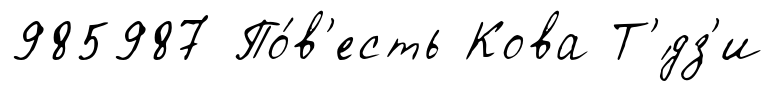
985987 По́в'есть Кова Т'́дз'и